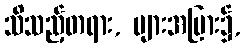
သိသည့်တရား, များအပြား၌,